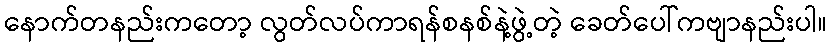
နောက်တနည်းကတော့ လွတ်လပ်ကာရန်စနစ်နဲ့ဖွဲ့တဲ့ ခေတ်ပေါ်ကဗျာနည်းပါ။